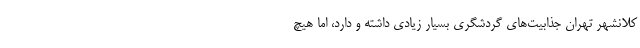
کلانشهر تهران جذابیت‌های گردشگری بسیار زیادی داشته و دارد، اما هیچ